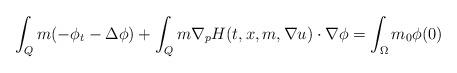
LaTeX: \begin{align*}\int_Q m(-\phi_t -\Delta \phi) + \int_Q m\nabla_p H(t,x,m,\nabla u) \cdot \nabla \phi = \int_{\Omega} m_0 \phi(0)\end{align*}